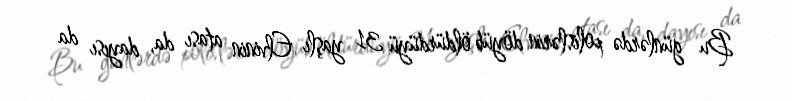
Bu günlərdə polislərin döyüb öldürdüyü 31 yaşlı Elvinin atası da, dayısı da